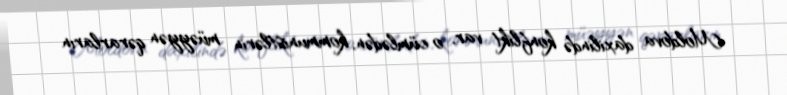
Moldova daxilində konflikt var, o cümlədən, kommunistlərin müəyyən qərarların